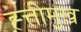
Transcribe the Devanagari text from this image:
ह्त्तीमुख